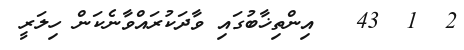
2  1  43   އިންތިޚާބުގައި ވާދަކުރައްވާނެކަން ހިލަރީ